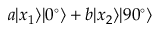
a | x _ { 1 } \rangle | 0 ^ { \circ } \rangle + b | x _ { 2 } \rangle | 9 0 ^ { \circ } \rangle